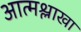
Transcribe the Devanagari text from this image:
आत्मश्लाखा